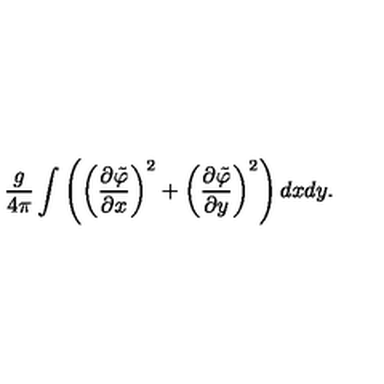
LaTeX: \frac { g } { 4 \pi } \int \left( \left( \frac { \partial \tilde { \varphi } } { \partial x } \right) ^ { 2 } + \left( \frac { \partial \tilde { \varphi } } { \partial y } \right) ^ { 2 } \right) d x d y .